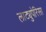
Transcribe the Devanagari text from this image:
लाट्युपेरिसा